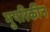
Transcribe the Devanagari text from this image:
मुषरिकीन